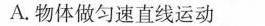
A.物体做匀速直线运动